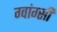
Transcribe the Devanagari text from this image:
ग्वांग्सी